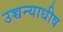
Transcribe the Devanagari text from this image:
उच्चन्याधीष